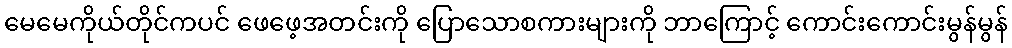
မေမေကိုယ်တိုင်ကပင် ဖေဖေ့အတင်းကို ပြောသောစကားများကို ဘာကြောင့် ကောင်းကောင်းမွန်မွန်